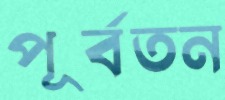
পূর্বতন